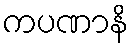
ကပဏာနိ